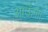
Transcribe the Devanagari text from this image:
आऊँगा।